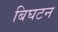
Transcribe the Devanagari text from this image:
बिघटन